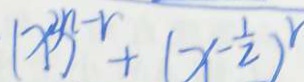
( x ^ { 3 n } ) ^ { - r } + ( x - \frac { 1 } { 2 } ) ^ { r }